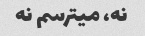
نه، میترسم نه